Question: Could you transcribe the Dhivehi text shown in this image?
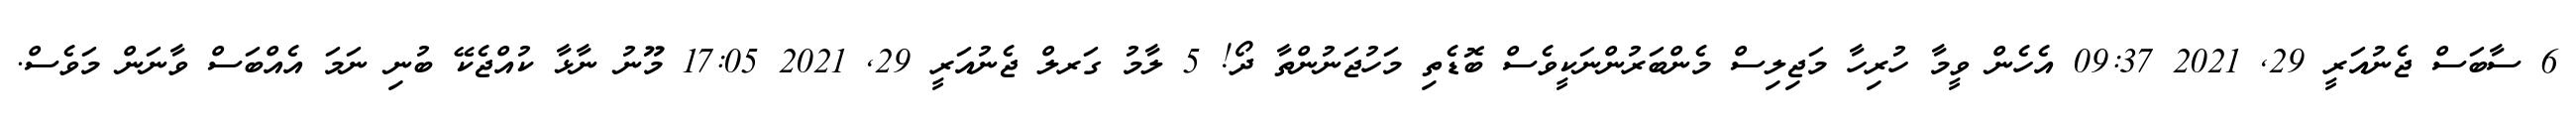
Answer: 6 ސާބަސް ޖެނުއަރީ 29, 2021 09:37 އެހެން ވީމާ ހުރިހާ މަޖިލިސް މެންބަރުންނަކީވެސް ބޮޑެތި މަހުޖަނުންތާ ދޯ! 5 ލާމު ގަރލް ޖެނުއަރީ 29, 2021 17:05 މޫނު ނާޅާ ކުއްޖެކޭ ބުނި ނަމަ އެއްބަސް ވާނަން މަވެސް.